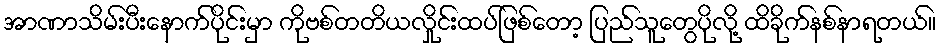
အာဏာသိမ်းပီးနောက်ပိုင်းမှာ ကိုဗစ်တတိယလှိုင်းထပ်ဖြစ်တော့ ပြည်သူတွေပိုလို့ ထိခိုက်နစ်နာရတယ်။